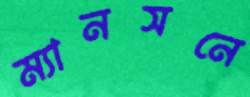
ম্যানসনে